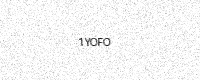
Text: 1YOFO